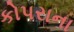
કોપરાના